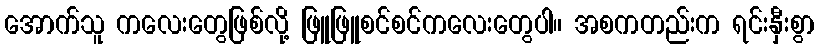
အောက်သူ ကလေးတွေဖြစ်လို့ ဖြူဖြူစင်စင်ကလေးတွေပါ။ အစကတည်းက ရင်းနှီးစွာ